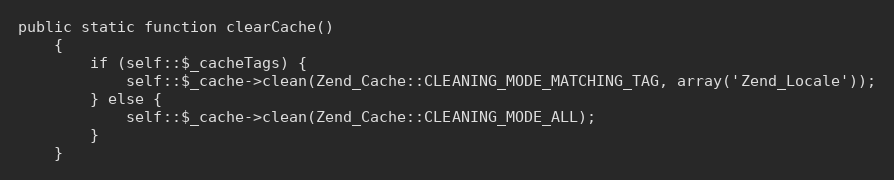
Language: PHP
public static function clearCache()
    {
        if (self::$_cacheTags) {
            self::$_cache->clean(Zend_Cache::CLEANING_MODE_MATCHING_TAG, array('Zend_Locale'));
        } else {
            self::$_cache->clean(Zend_Cache::CLEANING_MODE_ALL);
        }
    }